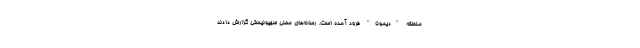
منطقه "دیمونا" فرود آمده است. رسانه‌های محلی صهیونیستی گزارش دادند